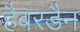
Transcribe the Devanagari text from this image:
हैबरडैन